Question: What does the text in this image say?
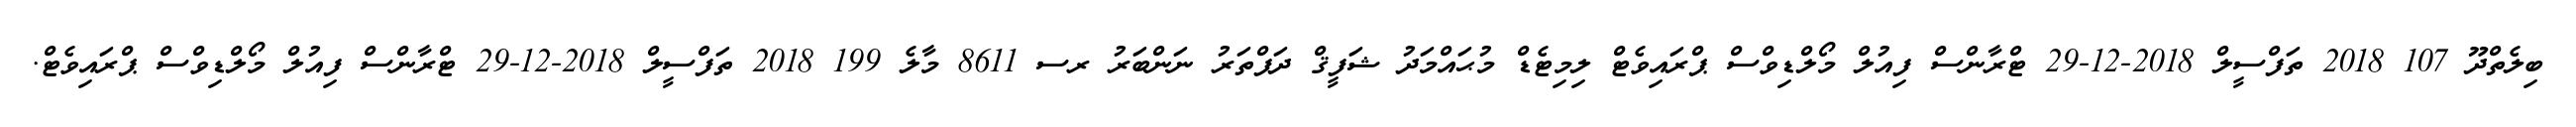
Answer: ބިލެތްދޫ 107 2018 ތަފްސީލް 2018-12-29 ޓްރާންސް ފިއުލް މޯލްޑިވްސް ޕްރައިވެޓް ލިމިޓެޑް މުޙައްމަދު ޝަފީޤް ދަފްތަރު ނަންބަރު ރސ 8611 މާލެ 199 2018 ތަފްސީލް 2018-12-29 ޓްރާންސް ފިއުލް މޯލްޑިވްސް ޕްރައިވެޓް.